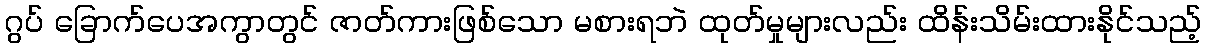
ဂွပ် ခြောက်ပေအကွာတွင် ဇာတ်ကားဖြစ်သော မစားရဘဲ ထုတ်မှုများလည်း ထိန်းသိမ်းထားနိုင်သည့်